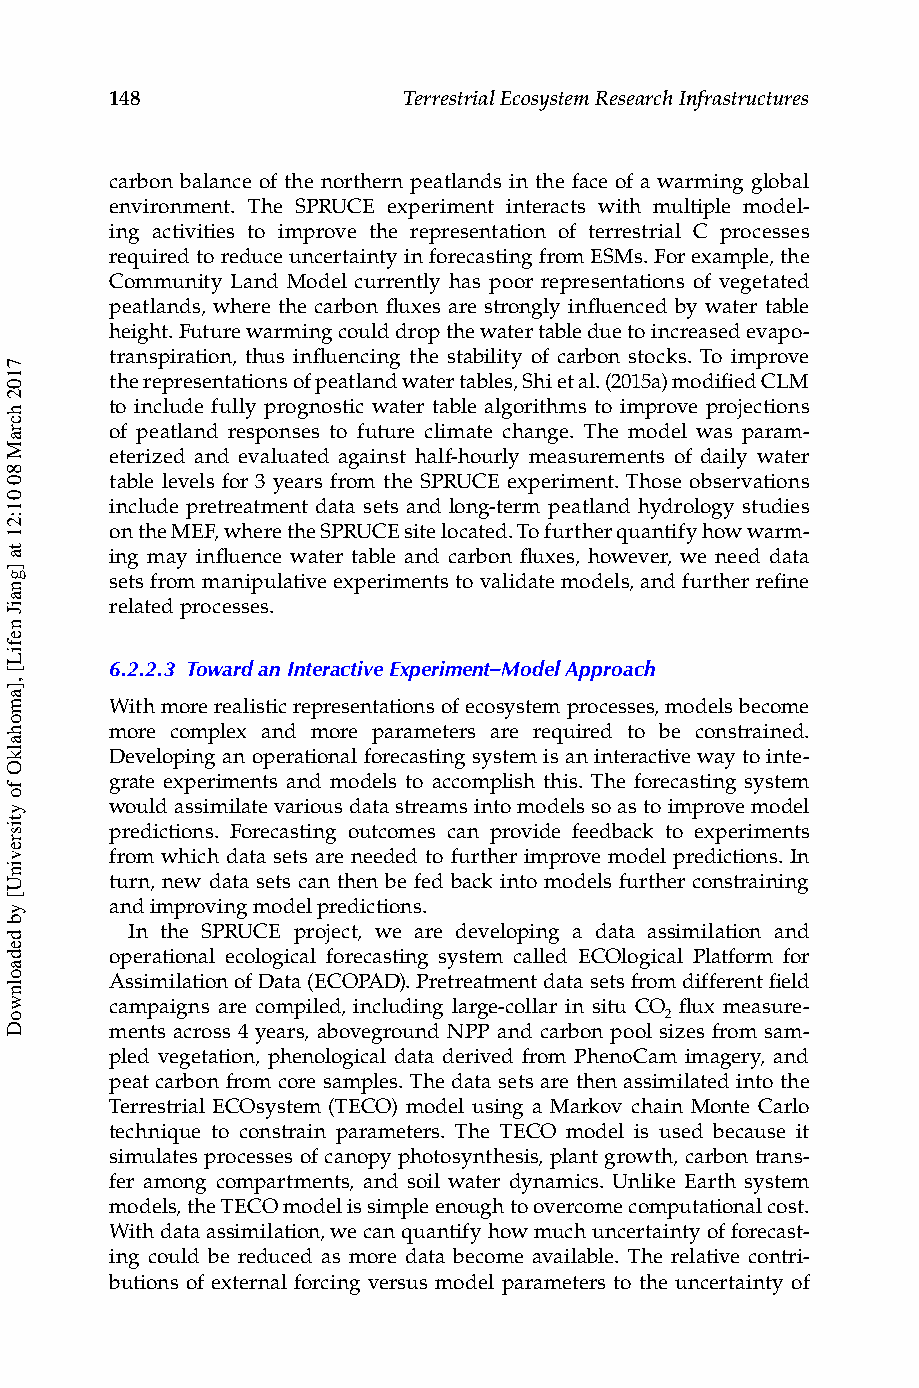
148                 Terrestrial Ecosystem Research Infrastructures
 carbon balance of the northern peatlands in the face of a warming global
 environment. The SPRUCE experiment interacts with multiple model-
 ing activities to improve the representation of terrestrial C processes
 required to reduce uncertainty in forecasting from ESMs. For example, the
 Community Land Model currently has poor representations of vegetated
 peatlands, where the carbon fluxes are strongly influenced by water table
 height. Future warming could drop the water table due to increased evapo-
 transpiration, thus influencing the stability of carbon stocks. To improve
 the representations of peatland water tables, Shi et al. (2015a) modified CLM
 to include fully prognostic water table algorithms to improve projections
 of peatland responses to future climate change. The model was param-
 eterized and evaluated against half-hourly measurements of daily water
 table levels for 3 years from the SPRUCE experiment. Those observations
 include pretreatment data sets and long-term peatland hydrology studies
 on the MEF, where the SPRUCE site located. To further quantify how warm-
 ing may influence water table and carbon fluxes, however, we need data
 sets from manipulative experiments to validate models, and further refine
 related processes.
 6.2.2.3 Toward an Interactive Experiment–Model Approach
 With more realistic representations of ecosystem processes, models become
 more complex and more parameters are required to be constrained.
 Developing an operational forecasting system is an interactive way to inte-
 grate experiments and models to accomplish this. The forecasting system
 would assimilate various data streams into models so as to improve model
 predictions. Forecasting outcomes can provide feedback to experiments
 from which data sets are needed to further improve model predictions. In
 turn, new data sets can then be fed back into models further constraining
 and improving model predictions.
 In the SPRUCE project, we are developing a data assimilation and
 operational ecological forecasting system called ECOlogical Platform for
 Assimilation of Data (ECOPAD). Pretreatment data sets from different field
 campaigns are compiled, including large-collar in situ CO flux measure-
 2
 ments across 4 years, aboveground NPP and carbon pool sizes from sam-
 pled vegetation, phenological data derived from PhenoCam imagery, and
 peat carbon from core samples. The data sets are then assimilated into the
 Terrestrial ECOsystem (TECO) model using a Markov chain Monte Carlo
 technique to constrain parameters. The TECO model is used because it
 simulates processes of canopy photosynthesis, plant growth, carbon trans-
 fer among compartments, and soil water dynamics. Unlike Earth system
 models, the TECO model is simple enough to overcome computational cost.
 With data assimilation, we can quantify how much uncertainty of forecast-
 ing could be reduced as more data become available. The relative contri-
 butions of external forcing versus model parameters to the uncertainty of
 7102
 hcraM
 80
 01:21
 ta
 ]gnaiJ
 nefiL[
 ,]amohalkO
 fo
 ytisrevinU[
 yb
 dedaolnwoD